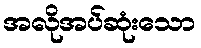
အလိုအပ်ဆုံးသော